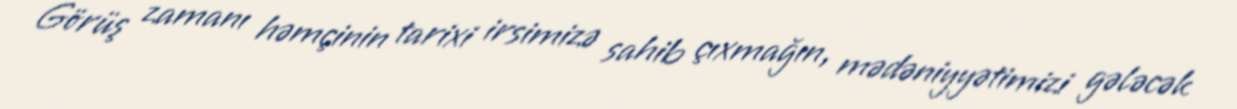
Görüş zamanı həmçinin tarixi irsimizə sahib çıxmağın, mədəniyyətimizi gələcək